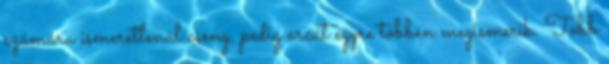
számára ismeretlenül cseng, pedig arcát egyre többen megismerik. Több